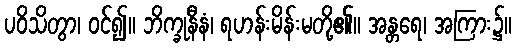
ပဝိသိတွာ၊ ဝင်၍။ ဘိက္ခုနီနံ၊ ရဟန်းမိန်းမတို့၏။ အန္တရေ၊ အကြား၌။